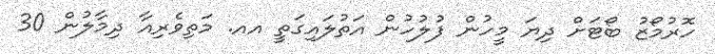
ހޮރުމޯޒު ބޯޓަށް ދިޔަ މީހުން ފުލުހުން އަތުލައިގަތީ އއ. މަތިވެރިއާ ދިމާލުން 30